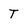
Character: T